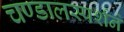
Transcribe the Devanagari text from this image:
चण्डालस्पर्शने